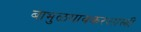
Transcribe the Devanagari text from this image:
बाभुळगावकरशास्त्री